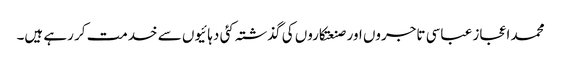
محمد اعجاز عباسی تاجروں اور صنعتکاروں کی گذشتہ کئی دہائیوں سے خدمت کر رہے ہیں۔